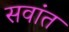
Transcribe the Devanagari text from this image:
सवांत